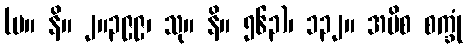
(မ။ နိ။ ၂။၃၉၉၊ သု။ နိ။ ၅၆၃)၊ ၁၃၂။ အပိစ စက္ခုံ